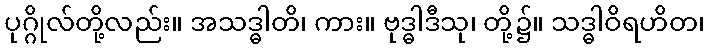
ပုဂ္ဂိုလ်တို့လည်း။ အသဒ္ဓါတိ၊ ကား။ ဗုဒ္ဓါဒီသု၊ တို့၌။ သဒ္ဓါဝိရဟိတ၊